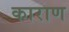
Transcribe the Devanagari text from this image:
काराण